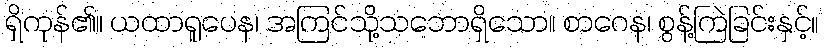
ရှိကုန်၏။ ယထာရူပေန၊ အကြင်သို့သဘောရှိသော။ စာဂေန၊ စွန့်ကြဲခြင်းနှင့်။